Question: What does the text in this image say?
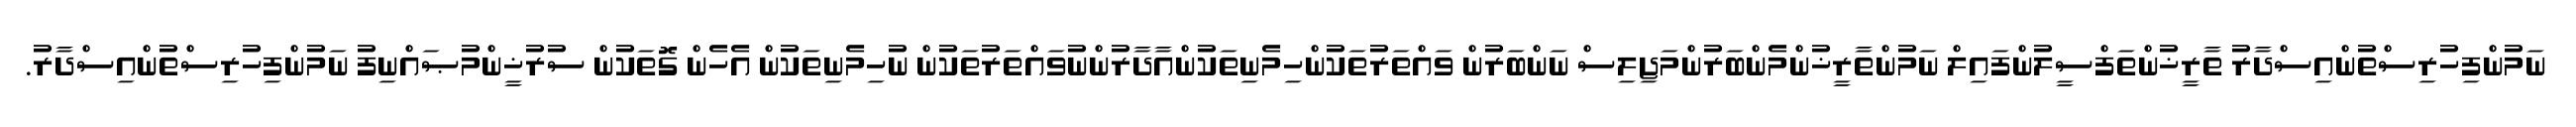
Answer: ނަމުންފިހުރިސްތުންއިސްދާރު ތާރީޚުންތަފްސީލުންފައިލް ނަމުންތާރީޚުންމެންބަރުންމަޖިލިސް ނަންބަރުން ވައްތަރުތަކުންހިމެނިތަކުންއާދާރުންނުވައްތަރުތަކުން ނުހިމެނިތަކުން އެހެން ގޮތަކުން ސުރުޚީންމުޞައްނިފު ނަމުންފިހުރިސްތުންއިސްދާރު.